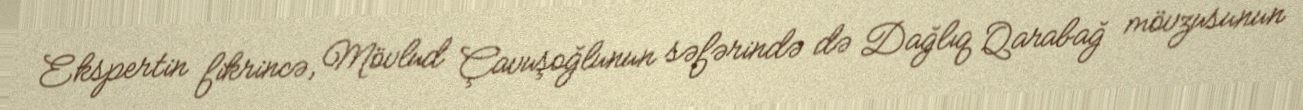
Ekspertin fikrincə, Mövlud Çavuşoğlunun səfərində də Dağlıq Qarabağ mövzusunun